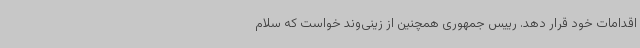
اقدامات خود قرار دهد. رییس جمهوری همچنین از زینی‌وند خواست که سلام